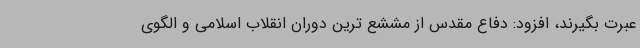
عبرت بگیرند، افزود: دفاع مقدس از مششع ترین دوران انقلاب اسلامی و الگوی